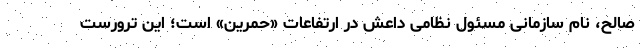
صالح، نام سازمانی مسئول نظامی داعش در ارتفاعات «حمرین» است؛ این ترورست